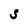
Character: S